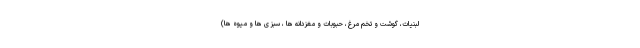
لبنیات، گوشت و تخم مرغ، حبوبات و مغزدانه ها ، سبز ی ها و میوه ها)